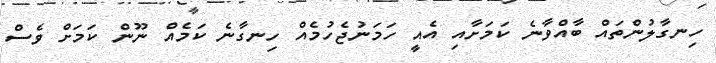
ހިނގާލުންތައް ބާއްވާނެ ކަމަށާއި އެއީ ހަމަނުޖެހުމެއް ހިނގާނެ ކަމެއް ނޫން ކަމަށް ވެސް